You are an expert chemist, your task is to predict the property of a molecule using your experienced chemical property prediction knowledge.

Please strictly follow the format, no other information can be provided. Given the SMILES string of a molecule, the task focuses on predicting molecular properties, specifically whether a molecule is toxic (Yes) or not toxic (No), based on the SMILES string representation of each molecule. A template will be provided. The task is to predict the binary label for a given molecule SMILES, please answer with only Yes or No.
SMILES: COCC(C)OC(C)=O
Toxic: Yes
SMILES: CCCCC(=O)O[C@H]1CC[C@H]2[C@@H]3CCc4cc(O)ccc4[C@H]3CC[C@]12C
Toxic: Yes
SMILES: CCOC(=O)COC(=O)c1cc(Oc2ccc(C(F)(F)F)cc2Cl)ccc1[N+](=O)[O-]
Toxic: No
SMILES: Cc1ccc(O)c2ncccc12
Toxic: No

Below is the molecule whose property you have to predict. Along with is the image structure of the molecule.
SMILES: O=P(O)(O)OC(Cn1cncn1)(Cn1cncn1)c1ccc(F)cc1F
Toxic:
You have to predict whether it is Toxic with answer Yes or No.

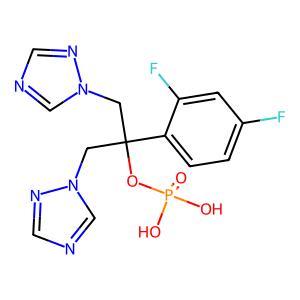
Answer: No